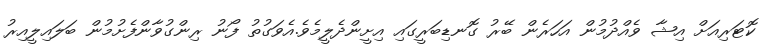
ކޮޓަރިއަށް އިޝާ ވެއްދުމުން އަހަރެން ބޭރު ގޮނޑިބަރީގައި އިށީންދެލީމެވެ.އެވަގުތު ފޯނު ރިންގުވާންފެށުމުން ބަލައިލީއިރު